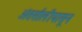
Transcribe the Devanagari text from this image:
अंतर्सालीपासून